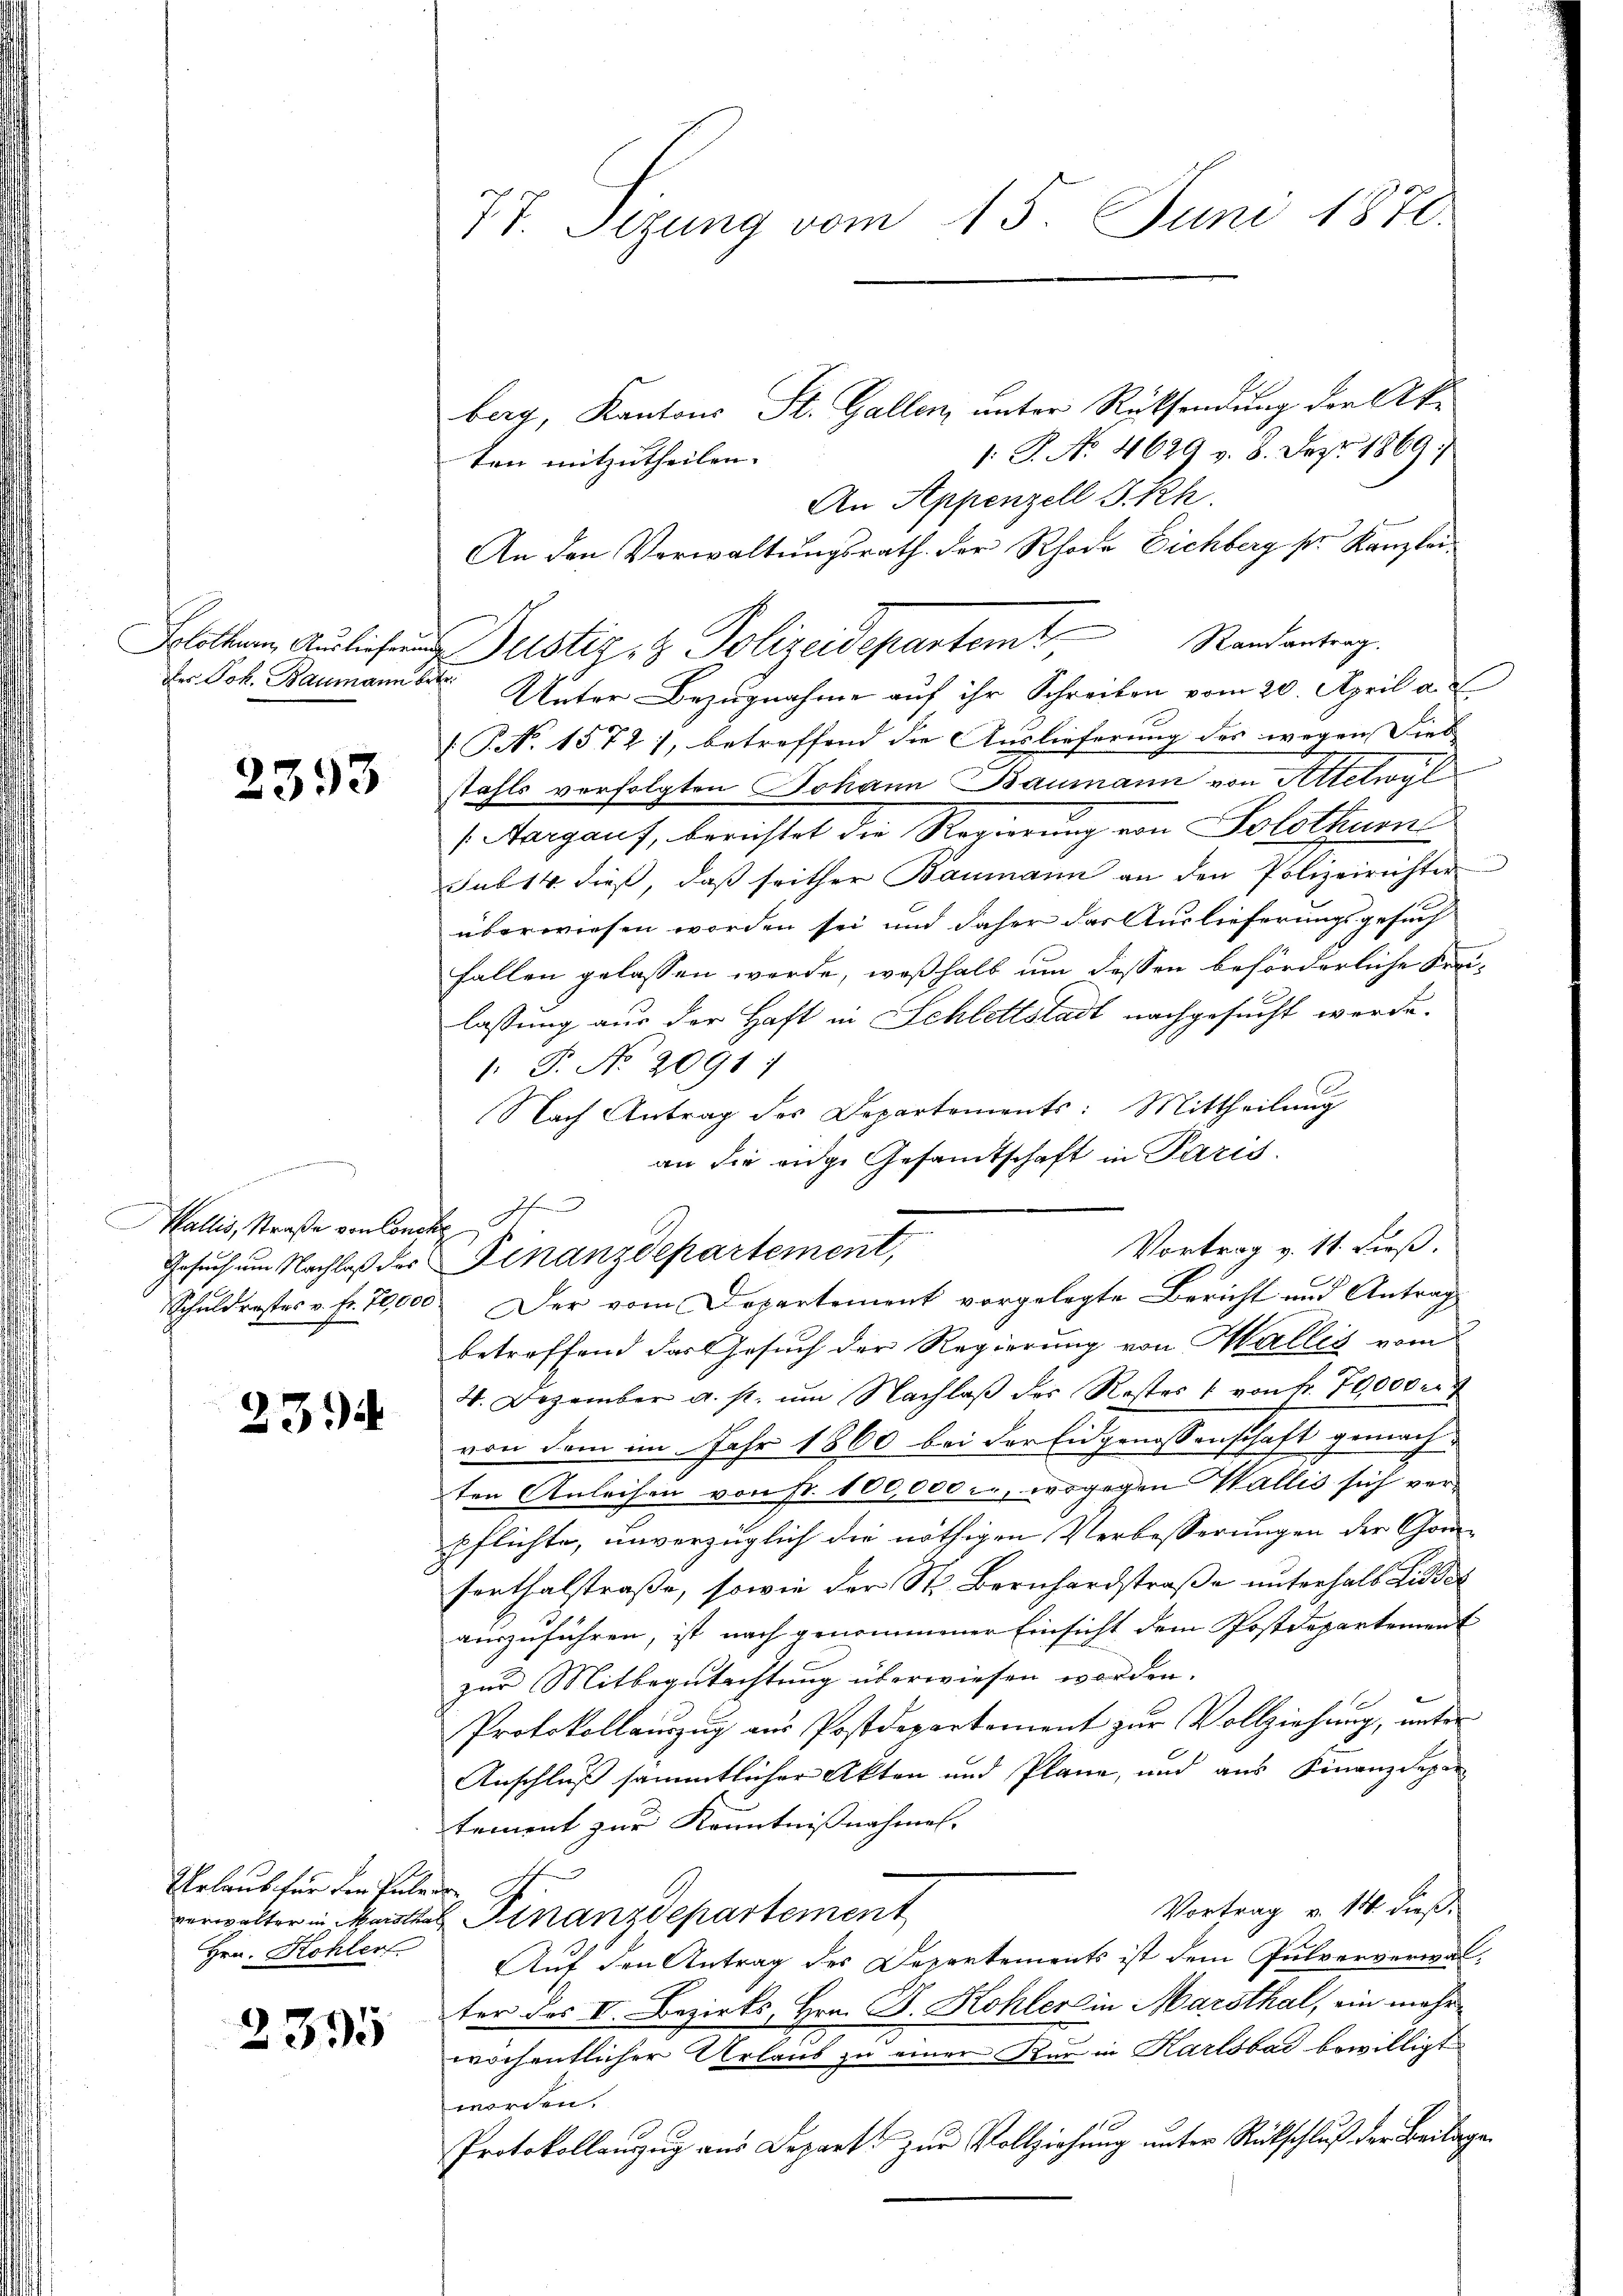
2393

Wallis, Straße von Conclus

234

Urlaub für den Pule er
Hrn. Kohler

2395

1: P. No. 4629 v. 8. Sept. 1869
ten mitzutheilen.
An Appenzell I.Rh.
An den Verwaltungsrath der Rhode Eichberg sr. Kanzlei¬
Schatten, Auslieferung erstiz & Polizeidepartem Randantrag.
Des Joh. Baumann Unter Bezugnahme auf ihr Schreiben vom 20. April a. c.
V. P. No 1572), betroffend die Auslieferung des wegen dies |
stahls verfolgten Johann Baumann von Rietwyl
(Aargauf, berichtet die Regierung von Solothurn
sub 14 dieß, daβ seither Baumann an den Polizeirichter
überwiesen worden sei und daher das Auslieferungsgesuch
fallen gelassen werde, weßhalb um dessen beförderliche Kreilassung aus der Haft in Schlettstadt nachgesucht werde.
. P. No 2091;
Nach Antrag des Departements: Mittheilung
an die eidge Gesamtschaft in Paris.
Schuldraster v. fr. 70,000. Der vom Departement vorgelegte Bericht und Antrag
betreffend das Gesuch der Regierung von Halles vom
4. Dezember a. s. um Nachlaβ der Restes " von fr. 70000 r
von dem im Jahr 1860 bei der Eidgenossenschaft gemach-
ten Anleihen von pr. 100,000 l., wogegen Wallis sich verpflichte, unverzüglich die nöthigen Verbesserungen der Comsenthalstraße, sowie der St. Bernhardstraße unterhalb Lidder
auszuführen, ist nach genommener Einsicht dem Postdepartement
zŭr Mitbegutachtŭng überwiesen worden.
Protokollauszug aus Postdepartement zur Vollziehung, unter
Anschluß sämmtlicher Akten und Pläne, und aus Finanzdepar
tement zur Kenntnißnahmen.
Vortrag v. 14. dieß.
verwalter in Marthal Finanzdepartement
Auf den Antrag des Departements ist dem Pulververwalter des V. Bezirks, Hrn. F. Kohler in Marsthal, ein mehrwöchentlicher Urlaub zu einer Kur in Karlsbad bewilligt
worden.
Protokollanzug aus Depart zur Vollziehung unter Rückschluß der Beilagen

77. Sitzung vom 15. Juni 1870.

Gesuch um Nachlaß der Finanzdepartement,

berg, Kantons St. Gallen, unter Rücksendung der Ak¬

Vortrag v. 11. dieß.